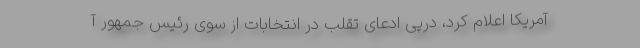
آمریکا اعلام کرد، درپی ادعای تقلب در انتخابات از سوی رئیس جمهور آ